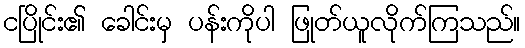
ငပြိုင်း၏ ခေါင်းမှ ပန်းကိုပါ ဖြုတ်ယူလိုက်ကြသည်။